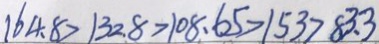
1 6 4 . 8 > 1 3 2 . 8 > 1 0 8 . 6 5 > 1 5 3 > 8 3 . 3